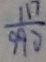
\frac { 1 1 7 } { 9 9 0 }